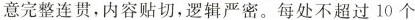
意完整连贯，内容贴切，逻辑严密。每处不超过10个